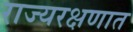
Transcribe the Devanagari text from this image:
राज्यरक्षणात